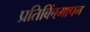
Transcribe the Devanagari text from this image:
प्रतिबिंबमापन